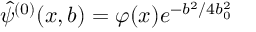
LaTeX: \hat { \psi } ^ { ( 0 ) } ( x , b ) = \varphi ( x ) e ^ { - b ^ { 2 } / 4 b _ { 0 } ^ { 2 } }